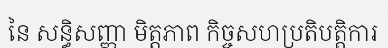
នៃ សន្ធិសញ្ញា មិត្តភាព កិច្ចសហប្រតិបត្តិការ